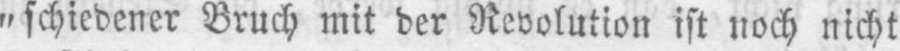
„schiedener Bruch mit der Revolution ist noch nicht